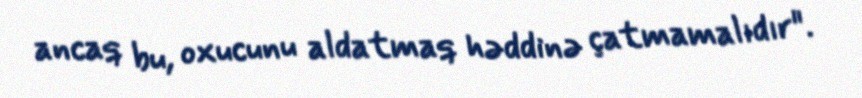
ancaq bu, oxucunu aldatmaq həddinə çatmamalıdır".